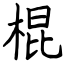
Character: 棍